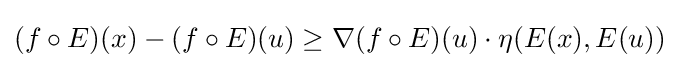
(f\circ E)(x)-(f\circ E)(u)\geq \nabla (f\circ E)(u)\cdot \eta (E(x),E(u))